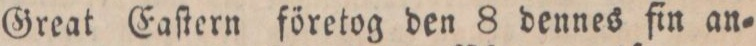
Great Eaſtern företog den 8 dennes fin an=